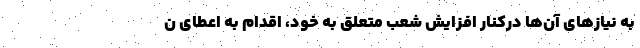
به نیازهای آن­ها درکنار افزایش شعب متعلق به خود، اقدام به اعطای ن